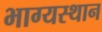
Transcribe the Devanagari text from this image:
भाग्यस्थान